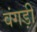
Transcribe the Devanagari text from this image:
वंगड़ी